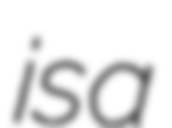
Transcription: is a